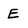
Character: E